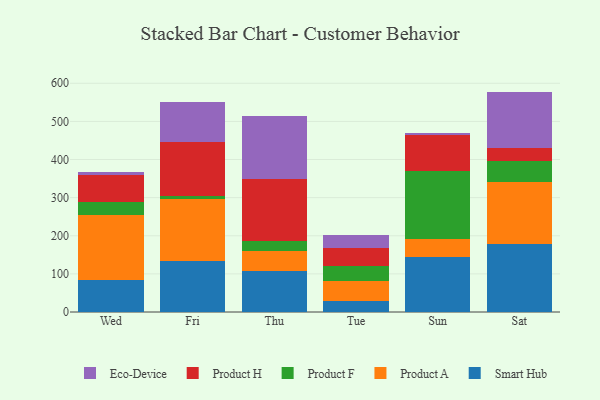
{"axis": {"x": "Day", "y": "Page Views"}, "legend": ["Eco-Device", "Product A", "Product F", "Product H", "Smart Hub"], "data": [{"x": "Wed", "y": 84.1, "type": "Smart Hub"}, {"x": "Wed", "y": 169.7, "type": "Product A"}, {"x": "Wed", "y": 34.4, "type": "Product F"}, {"x": "Wed", "y": 70.6, "type": "Product H"}, {"x": "Wed", "y": 7.2, "type": "Eco-Device"}, {"x": "Fri", "y": 132.5, "type": "Smart Hub"}, {"x": "Fri", "y": 165.1, "type": "Product A"}, {"x": "Fri", "y": 6.8, "type": "Product F"}, {"x": "Fri", "y": 141.0, "type": "Product H"}, {"x": "Fri", "y": 104.3, "type": "Eco-Device"}, {"x": "Thu", "y": 106.9, "type": "Smart Hub"}, {"x": "Thu", "y": 53.2, "type": "Product A"}, {"x": "Thu", "y": 26.7, "type": "Product F"}, {"x": "Thu", "y": 162.7, "type": "Product H"}, {"x": "Thu", "y": 164.6, "type": "Eco-Device"}, {"x": "Tue", "y": 28.7, "type": "Smart Hub"}, {"x": "Tue", "y": 52.4, "type": "Product A"}, {"x": "Tue", "y": 39.5, "type": "Product F"}, {"x": "Tue", "y": 46.4, "type": "Product H"}, {"x": "Tue", "y": 35.3, "type": "Eco-Device"}, {"x": "Sun", "y": 143.5, "type": "Smart Hub"}, {"x": "Sun", "y": 47.4, "type": "Product A"}, {"x": "Sun", "y": 178.5, "type": "Product F"}, {"x": "Sun", "y": 94.0, "type": "Product H"}, {"x": "Sun", "y": 6.2, "type": "Eco-Device"}, {"x": "Sat", "y": 178.8, "type": "Smart Hub"}, {"x": "Sat", "y": 162.6, "type": "Product A"}, {"x": "Sat", "y": 54.1, "type": "Product F"}, {"x": "Sat", "y": 34.7, "type": "Product H"}, {"x": "Sat", "y": 148.0, "type": "Eco-Device"}]}